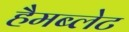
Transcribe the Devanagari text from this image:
हैमब्लेट